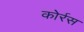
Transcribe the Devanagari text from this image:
कोर्रस